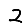
Digit: 2